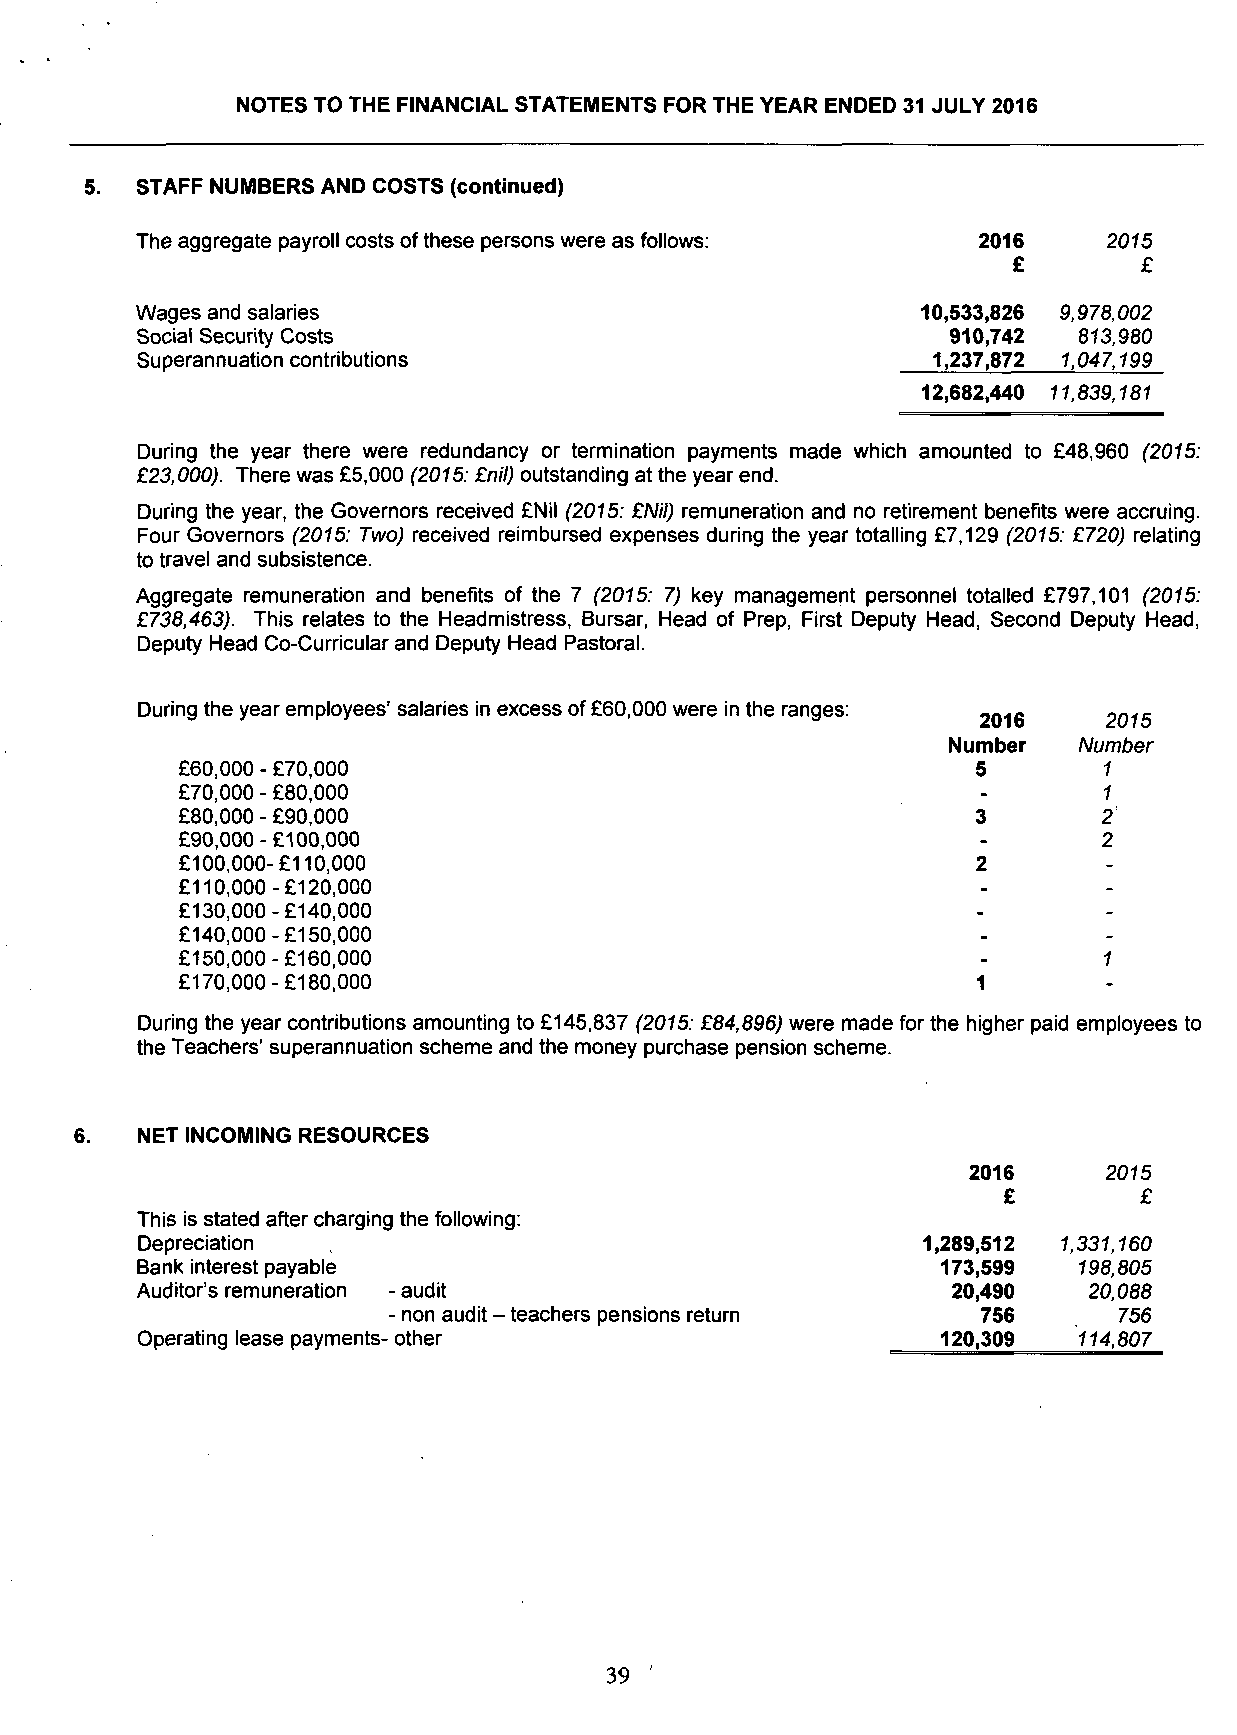
NOTES TO THE FINANCIAL STATEMENTS FOR THE YEAR ENDED 31 JULY 2016
 5. STAFF NUMBERS AND COSTS (continued)
 The aggregate payroll costs of these persons were as follows: 2016 2015
 £        £
 Wages and salaries                                  10,533,826 9,978,002
 Social Security Costs                                 910,742 813,980
 Superannuation contributions                         1,237,872 1,047,199
 12,682,440 11,839,181
 During the year there were redundancy or termination payments made which amounted to £48,960 (2015:
 £23,000). There was £5,000 (2015: £nil) outstanding at the year end.
 During the year, the Governors received £Nil (2075: £Nil) remuneration and no retirement benefits were accruing.
 Four Governors (2075: Two) received reimbursed expenses during the year totalling £7,129 (2015: £720) relating
 to travel and subsistence.
 Aggregate remuneration and benefits of the 7 (2015: 7) key management personnel totalled £797,101 (2015:
 £738,463). This relates to the Headmistress, Bursar, Head of Prep, First Deputy Head, Second Deputy Head,
 Deputy Head Co-Curricular and Deputy Head Pastoral.
 During the year employees' salaries in excess of £60,000 were in the ranges: 2016 2015
 Number  Number
 £60,000 - £70,000                                    5       1
 £70,000 - £80,000                                    -       1
 £80,000 - £90,000                                    3       2
 £90,000-£100,000                                     -       2
 £100,000-£110,000                                    2
 £110,000-£120,000
 £130,000-£140,000
 £140,000-£150,000
 £150,000-£160,000                                    -       1
 £170,000-£180,000                                    1
 During the year contributions amounting to £145,837 (2015: £84,896) were made for the higher paid employees to
 the Teachers' superannuation scheme and the money purchase pension scheme.
 6.  NET INCOMING RESOURCES
 2016     2015
 £         £
 This is stated after charging the following:
 Depreciation                                        1,289,512 1,331,160
 Bank interest payable                                173,599  198,805
 Auditor's remuneration -audit                         20,490   20,088
 - non audit - teachers pensions return 756      756
 Operating lease payments- other                      120,309  114,807
 39